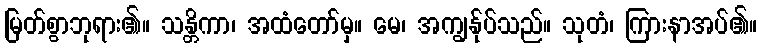
မြတ်စွာဘုရား၏။ သန္တိကာ၊ အထံတော်မှ။ မေ၊ အကျွန်ုပ်သည်။ သုတံ၊ ကြားနာအပ်၏။